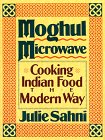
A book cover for Moghul Microwave: Cooking Indian Food the Modern Way; Julie Sahni; Cookbooks, Food & Wine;